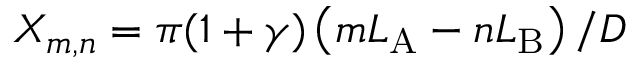
X _ { m , n } = \pi ( 1 + \gamma ) \left( m L _ { \mathrm { A } } - n L _ { \mathrm { B } } \right) / D